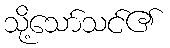
သို့သော်သင်၏